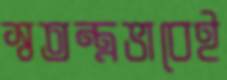
স্বতন্ত্রভাবেই